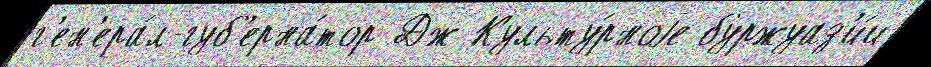
г'ен'ера́л-губ'ерна́тор Дж Культу́рноjе буржуаз'и́и